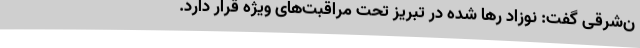
ن‌شرقی گفت: نوزاد رها شده در تبریز تحت مراقبت‌های ویژه قرار دارد.